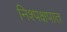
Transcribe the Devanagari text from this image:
निश्पक्षपात